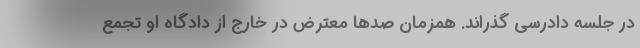
در جلسه دادرسی گذراند. همزمان صدها معترض در خارج از دادگاه او تجمع